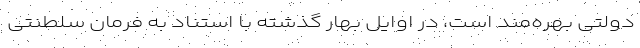
دولتی بهره‌مند است، در اوایل بهار گذشته با استناد به فرمان سلطنتی